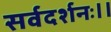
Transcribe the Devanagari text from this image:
सर्वदर्शनः।।